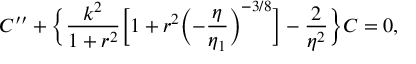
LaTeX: { \cal C } ^ { \prime \prime } + \biggl \{ \frac { k ^ { 2 } } { 1 + r ^ { 2 } } \biggl [ 1 + r ^ { 2 } \biggl ( - \frac { \eta } { \eta _ { 1 } } \biggr ) ^ { - 3 / 8 } \biggr ] - \frac { 2 } { \eta ^ { 2 } } \biggr \} { \cal C } = 0 ,